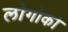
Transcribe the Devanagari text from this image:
लोगोको